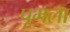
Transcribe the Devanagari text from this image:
पूमला